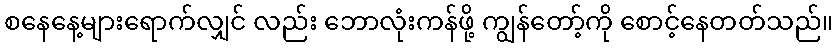
စနေနေ့များရောက်လျှင် လည်း ဘောလုံးကန်ဖို့ ကျွန်တော့်ကို စောင့်နေတတ်သည်။